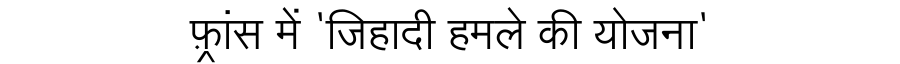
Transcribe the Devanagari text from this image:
फ़्रांस में 'जिहादी हमले की योजना'